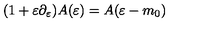
( 1 + \varepsilon \partial _ { \varepsilon } ) A ( \varepsilon ) = A ( \varepsilon - m _ { 0 } )